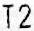
T2